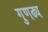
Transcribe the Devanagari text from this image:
गुणढ्य